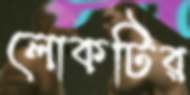
লোকটির